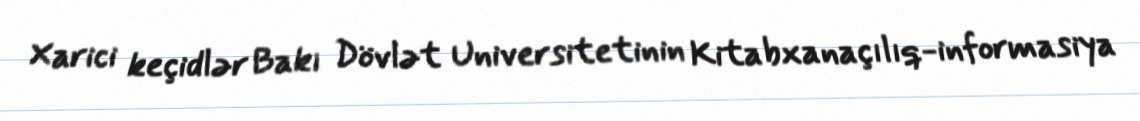
Xarici keçidlər Bakı Dövlət Universitetinin Kitabxanaçılıq-informasiya